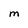
Character: M